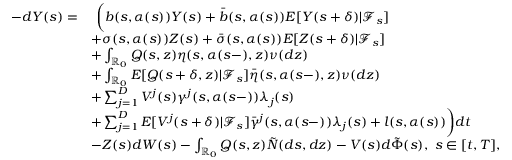
\begin{array} { r l } { - d Y ( s ) = } & { \ \biggl ( b ( s , \alpha ( s ) ) Y ( s ) + \bar { b } ( s , \alpha ( s ) ) E [ Y ( s + \delta ) | \mathcal { F } _ { s } ] } \\ & { + \sigma ( s , \alpha ( s ) ) Z ( s ) + \bar { \sigma } ( s , \alpha ( s ) ) E [ Z ( s + \delta ) | \mathcal { F } _ { s } ] } \\ & { + \int _ { \mathbb { R } _ { 0 } } Q ( s , z ) \eta ( s , \alpha ( s - ) , z ) \nu ( d z ) } \\ & { + \int _ { \mathbb { R } _ { 0 } } E [ Q ( s + \delta , z ) | \mathcal { F } _ { s } ] \bar { \eta } ( s , \alpha ( s - ) , z ) \nu ( d z ) } \\ & { + \sum _ { j = 1 } ^ { D } V ^ { j } ( s ) \gamma ^ { j } ( s , \alpha ( s - ) ) \lambda _ { j } ( s ) } \\ & { + \sum _ { j = 1 } ^ { D } E [ V ^ { j } ( s + \delta ) | \mathcal { F } _ { s } ] \bar { \gamma } ^ { j } ( s , \alpha ( s - ) ) \lambda _ { j } ( s ) + l ( s , \alpha ( s ) ) \biggr ) d t } \\ & { - Z ( s ) d W ( s ) - \int _ { \mathbb { R } _ { 0 } } Q ( s , z ) \tilde { N } ( d s , d z ) - V ( s ) d \tilde { \Phi } ( s ) , \ s \in [ t , T ] , } \end{array}